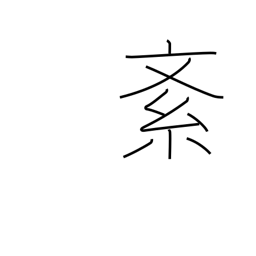
Meaning: disturb